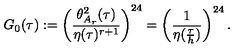
G _ { 0 } ( \tau ) : = \left( \frac { \theta _ { A _ { r } } ^ { 2 } ( \tau ) } { \eta ( \tau ) ^ { r + 1 } } \right) ^ { 2 4 } = \left( \frac { 1 } { \eta ( \frac { \tau } { h } ) } \right) ^ { 2 4 } .